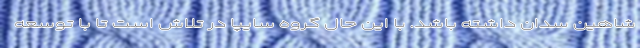
شاهین سدان داشته باشد. با این حال گروه سایپا در تلاش است تا با توسعه